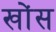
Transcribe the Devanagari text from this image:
खोंस